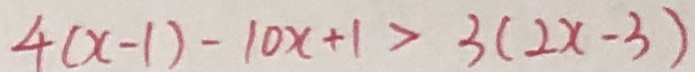
4 ( x - 1 ) - 1 0 x + 1 > 3 ( 2 x - 3 )